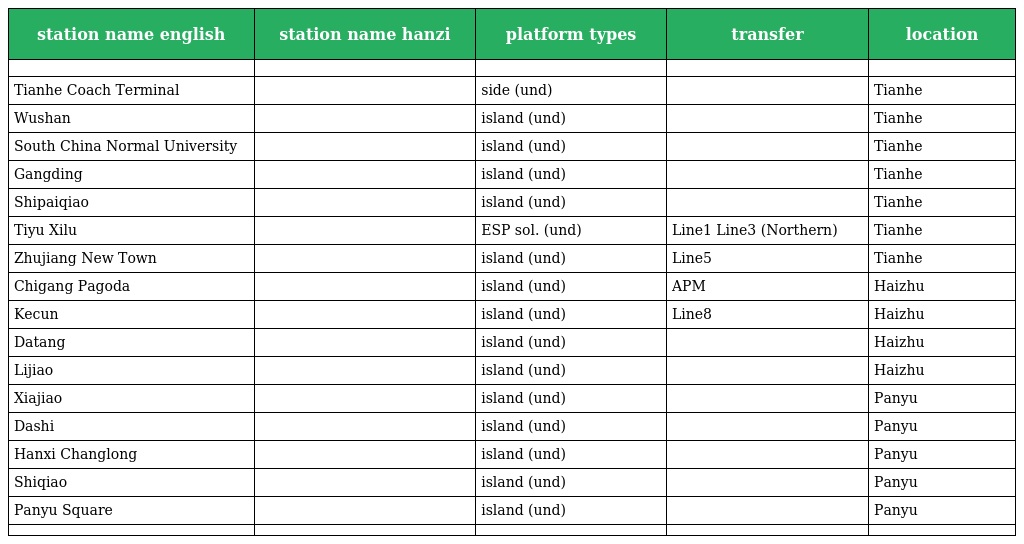
| station name english | station name hanzi | platform types | transfer | location |
 | --- | --- | --- | --- | --- |
 |  |  |  |  |  |
 | Tianhe Coach Terminal | 天河客运站 | side (und) |  | Tianhe |
 | Wushan | 五山 | island (und) |  | Tianhe |
 | South China Normal University | 华师 | island (und) |  | Tianhe |
 | Gangding | 岗顶 | island (und) |  | Tianhe |
 | Shipaiqiao | 石牌桥 | island (und) |  | Tianhe |
 | Tiyu Xilu | 体育西路 | ESP sol. (und) | Line1 Line3 (Northern) | Tianhe |
 | Zhujiang New Town | 珠江新城 | island (und) | Line5 | Tianhe |
 | Chigang Pagoda | 赤岗塔 | island (und) | APM | Haizhu |
 | Kecun | 客村 | island (und) | Line8 | Haizhu |
 | Datang | 大塘 | island (und) |  | Haizhu |
 | Lijiao | 沥滘 | island (und) |  | Haizhu |
 | Xiajiao | 厦滘 | island (und) |  | Panyu |
 | Dashi | 大石 | island (und) |  | Panyu |
 | Hanxi Changlong | 汉溪长隆 | island (und) |  | Panyu |
 | Shiqiao | 市桥 | island (und) |  | Panyu |
 | Panyu Square | 番禺广场 | island (und) |  | Panyu |
 |  |  |  |  |  |